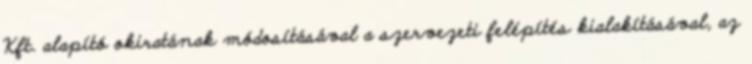
Kft. alapító okiratának módosításával a szervezeti felépítés kialakításával, az